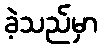
ခဲ့သည်မှာ